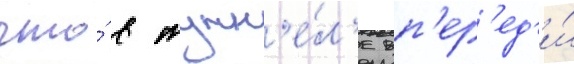
что́ в тунн'е́л'е вп'ер'ед'и́